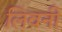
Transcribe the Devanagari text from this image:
लिवनी